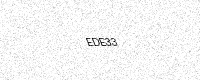
Text: EDE33